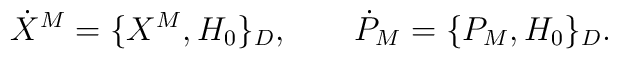
\dot X^M=\{ X^M, H_0 \}_D, \qquad \dot P_M=\{ P_M , H_0 \}_D .